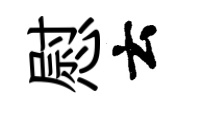
慰云